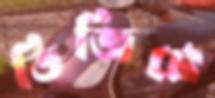
ডিজিটে